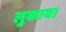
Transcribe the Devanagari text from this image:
लुकाय।